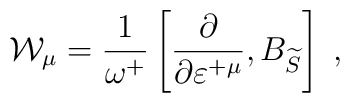
\mathcal{W}_\mu =\frac 1{\omega ^{+}}\left[ \frac \partial {\partial\varepsilon ^{+\mu }},B_{\widetilde{S}}\right] \;,